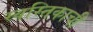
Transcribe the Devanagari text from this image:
स्वस्तिकाची